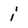
Character: i